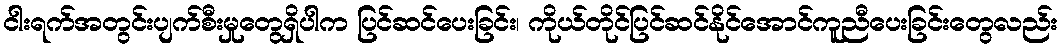
ငါးရက်အတွင်းပျက်စီးမှုတွေရှိပါက ပြင်ဆင်ပေးခြင်း၊ ကိုယ်တိုင်ပြင်ဆင်နိုင်အောင်ကူညီပေးခြင်းတွေလည်း